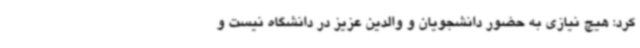
کرد: هیچ نیازی به حضور دانشجویان و والدین عزیز در دانشگاه نیست و